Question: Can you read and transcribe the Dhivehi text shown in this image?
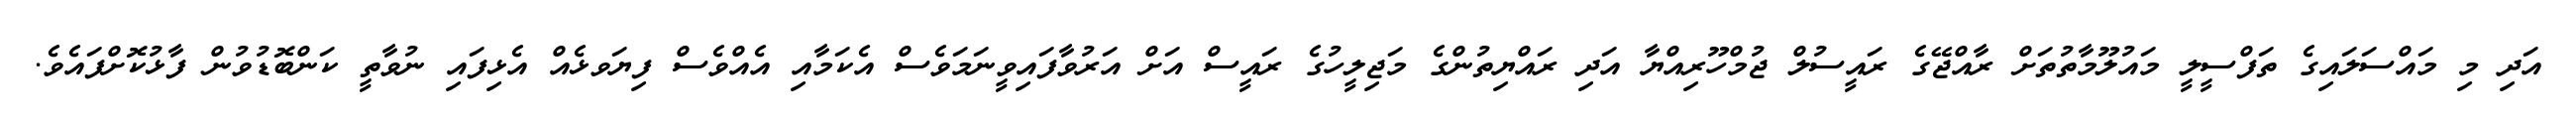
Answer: އަދި މި މައްސަލައިގެ ތަފްސީލީ މައުލޫމާތުތަށް ރާއްޖޭގެ ރައީސުލް ޖުމްހޫރިއްޔާ އަދި ރައްޔިތުންގެ މަޖިލީހުގެ ރައީސް އަށް އަރުވާފައިވީނަމަވެސް އެކަމާއި އެއްވެސް ފިޔަވޅެއް އެޅިފައި ނުވާތީ ކަންބޮޑުވުން ފާޅުކޮށްފައެވެ.